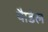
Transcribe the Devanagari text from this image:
पैाडेल